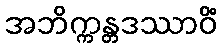
အဘိက္ကန္တဒဿာဝိံ